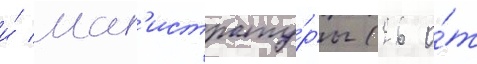
и́ маг'истрату́ры (26 о́т